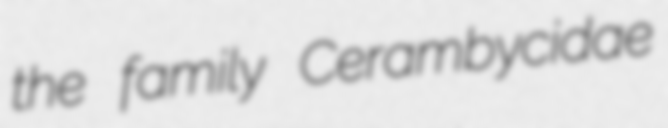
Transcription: the family Cerambycidae